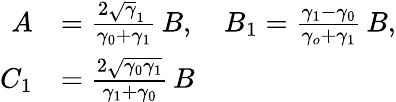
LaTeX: \begin{array}{rl}{A}&{=\frac{2\sqrt\gamma_{1}\, }{\gamma_{0}+\gamma_{1}}\, B,\quad B_{1}=\frac{\gamma_{1}-\gamma_{0}}{\gamma_{o}+\gamma_{1}}\, B,}\\ {C_{1}}&{=\frac{2\sqrt{\gamma_{0}\gamma_{1}}}{\gamma_{1}+\gamma_{0}}\, B}\end{array}